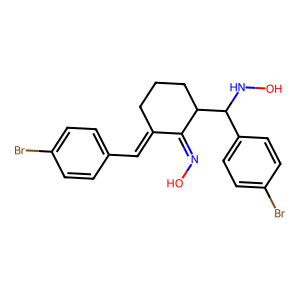
SMILES: ON=C1C(=Cc2ccc(Br)cc2)CCCC1C(NO)c1ccc(Br)cc1
Inhibits HIV replication: No